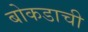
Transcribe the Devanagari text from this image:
बोकडाची